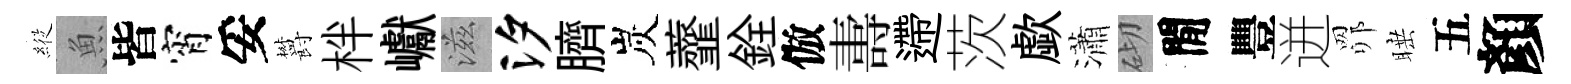
𦂵魚皆宵妥欝柈巘滋汐臍炭虀銓倣夀遰茨歔瀟砌閒豐迸𦊑睡五顏